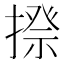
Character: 𢲉